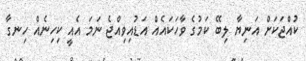
ކުއްޖަކަށް އަނިޔާ ލިބޭ ކަމުގެ ވާހަކައެއް އަޑުއިވިއްޖެ ނަމަ އެއީ ކިހިނެއް ހިނގާ